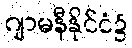
ဂျာမနီနိုင်ငံ၌